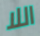
اللا